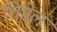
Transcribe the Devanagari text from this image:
शिमेल